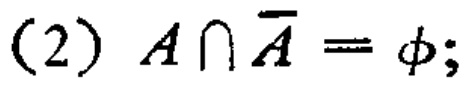
(2) \(A\cap \overline{A}=\varnothing;\)